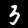
Label: 3